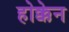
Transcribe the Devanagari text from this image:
होक्केन